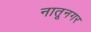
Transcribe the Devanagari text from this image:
नातूनगर